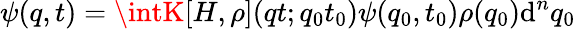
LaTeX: \psi(q,t)=\intK[H,\rho](qt;q_{0}t_{0})\psi(q_{0},t_{0})\rho(q_{0})\mathrm{d}^{n}q_{0}